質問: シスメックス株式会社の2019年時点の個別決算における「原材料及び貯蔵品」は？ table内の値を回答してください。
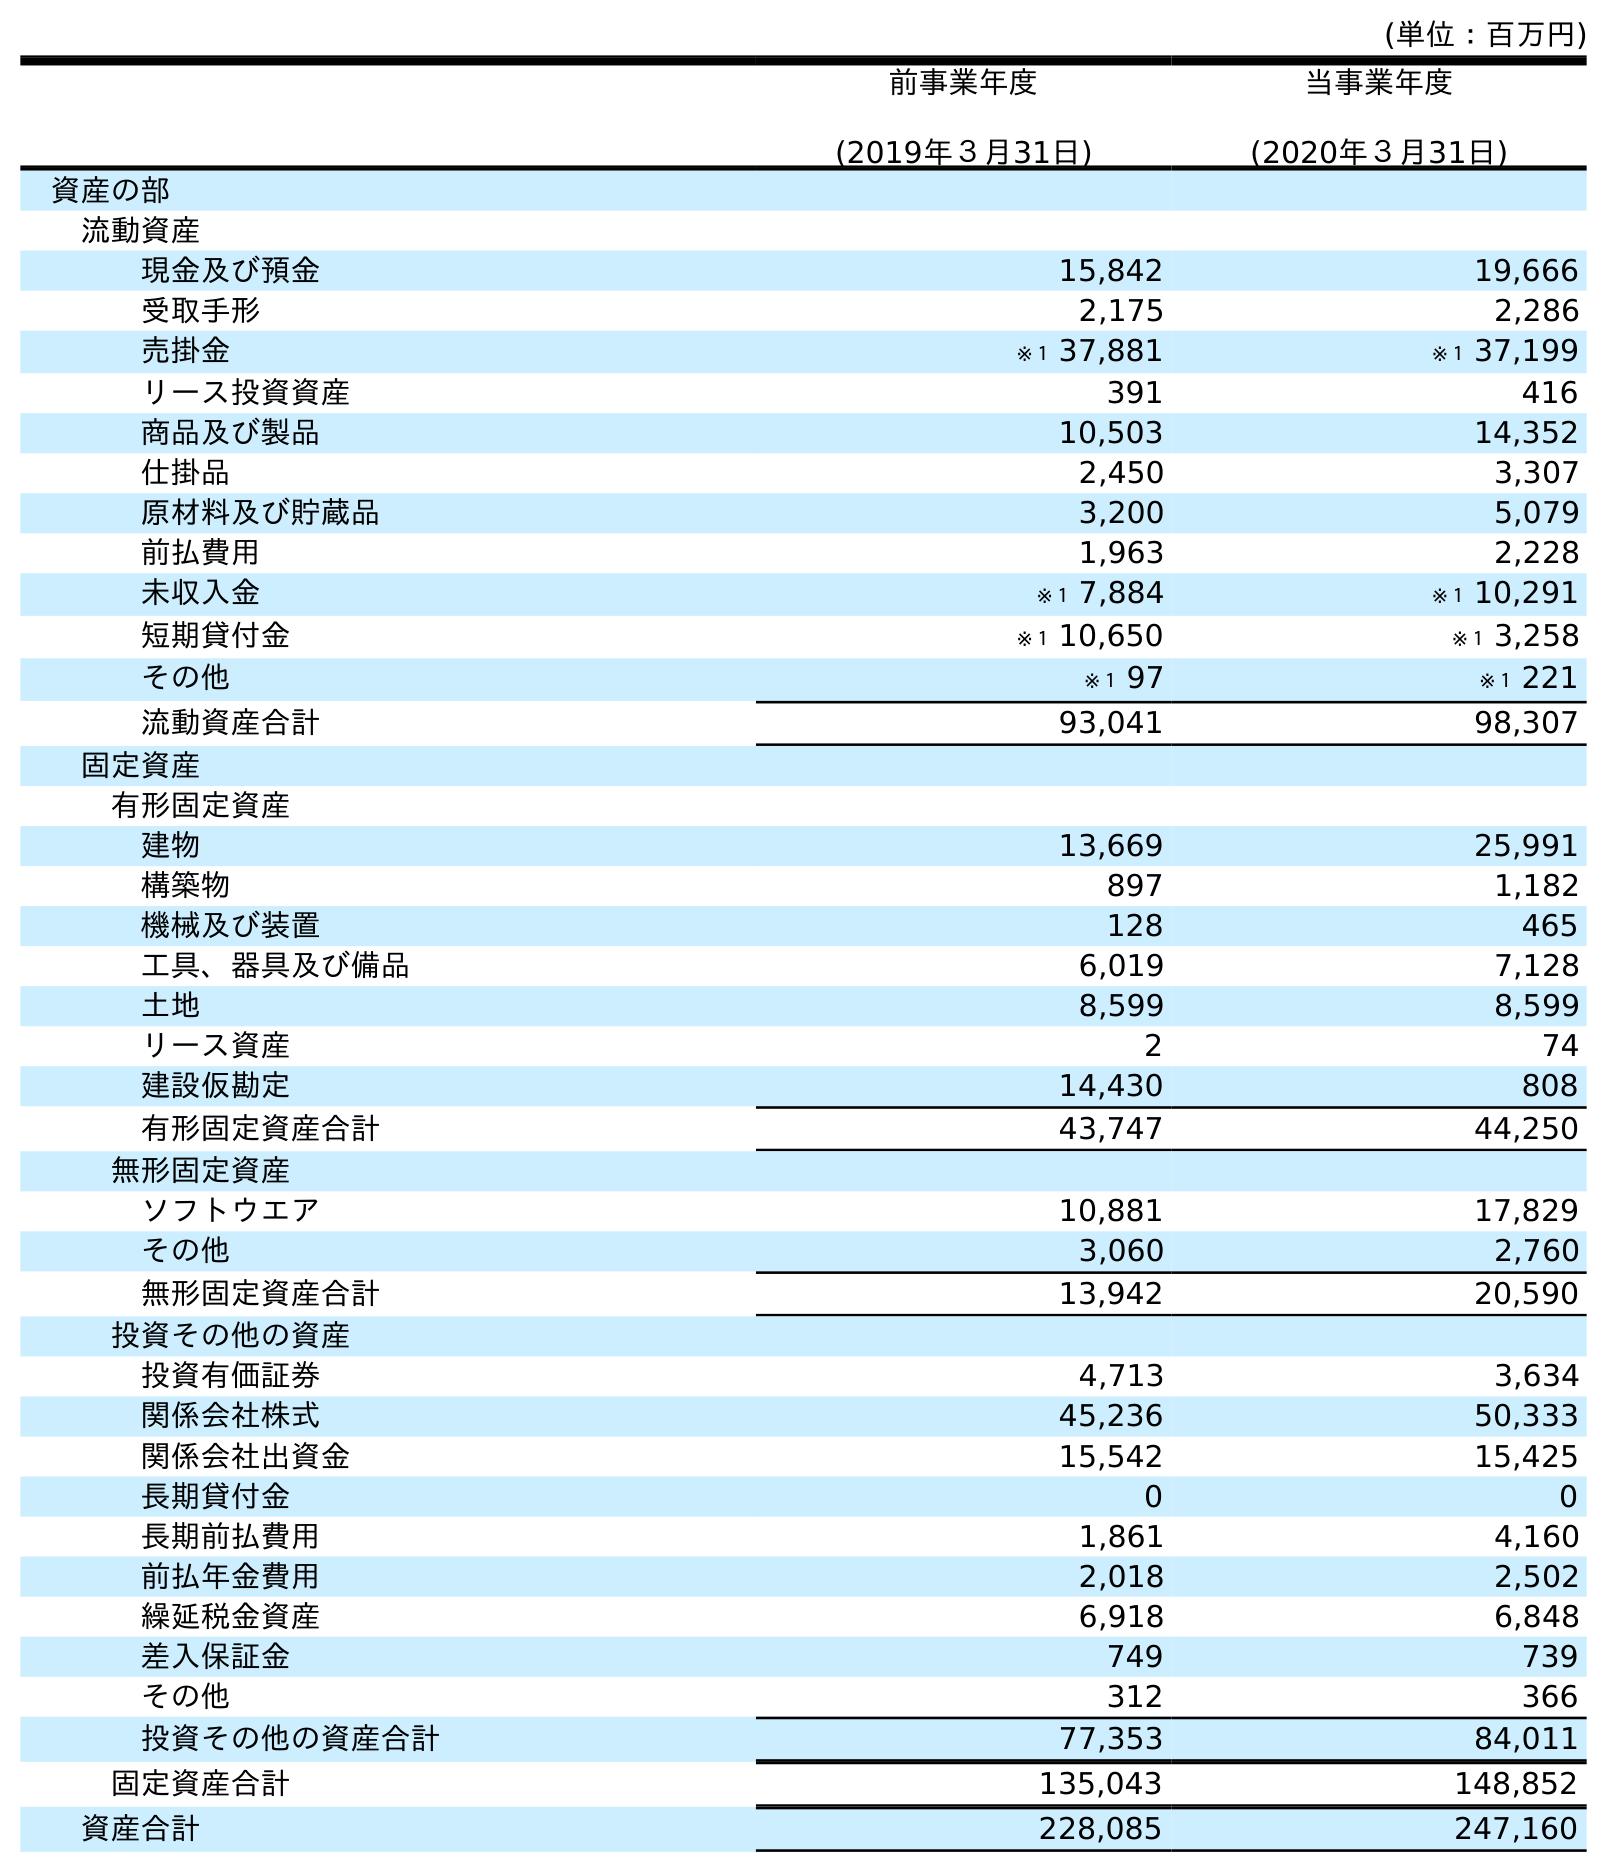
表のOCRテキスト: (単位：百万円) 前事業年度 (2019年３月31日) 当事業年度 (2020年３月31日) 資産の部 流動資産 現金及び預金 15,842 19,666 受取手形 2,175 2,286 売掛金 ※１ 37,881 ※１ 37,199 リース投資資産 391 416 商品及び製品 10,503 14,352 仕掛品 2,450 3,307 原材料及び貯蔵品 3,200 5,079 前払費用 1,963 2,228 未収入金 ※１ 7,884 ※１ 10,291 短期貸付金 ※１ 10,650 ※１ 3,258 その他 ※１ 97 ※１ 221 流動資産合計 93,041 98,307 固定資産 有形固定資産 建物 13,669 25,991 構築物 897 1,182 機械及び装置 128 465 工具、器具及び備品 6,019 7,128 土地 8,599 8,599 リース資産 2 74 建設仮勘定 14,430 808 有形固定資産合計 43,747 44,250 無形固定資産 ソフトウエア 10,881 17,829 その他 3,060 2,760 無形固定資産合計 13,942 20,590 投資その他の資産 投資有価証券 4,713 3,634 関係会社株式 45,236 50,333 関係会社出資金 15,542 15,425 長期貸付金 0 0 長期前払費用 1,861 4,160 前払年金費用 2,018 2,502 繰延税金資産 6,918 6,848 差入保証金 749 739 その他 312 366 投資その他の資産合計 77,353 84,011 固定資産合計 135,043 148,852 資産合計 228,085 247,160
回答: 3,200